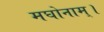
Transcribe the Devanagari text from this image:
मघोनाम्।